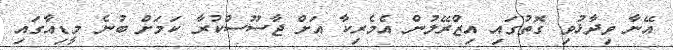
އޭނާ ވިދާޅުވި ގޮތުގައި އިޒްރޭލުން އެމެރިކާ އަށް ޖާސޫސްކުރާ ކަމަށް ބުނެ މީޑިއާގައި